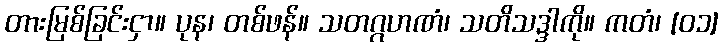
တားမြစ်ခြင်းငှာ။ ပုန၊ တစ်ဖန်။ သတဂ္ဂဟဏံ၊ သတိသဒ္ဒါကို။ ကတံ၊ [၀၁]